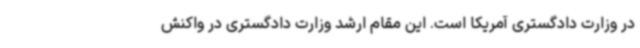
در وزارت دادگستری آمریکا است. این مقام ارشد وزارت دادگستری در واکنش